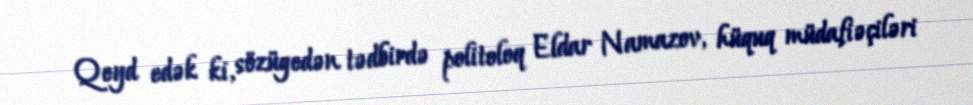
Qeyd edək ki, sözügedən tədbirdə politoloq Eldar Namazov, hüquq müdafiəçiləri